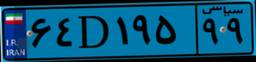
۶۴D۱۹۵۹۹